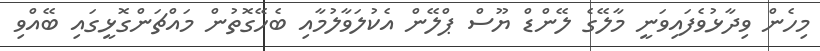
މިހެން ވިދާޅުވެފައިވަނީ މާލޭގެ ލޭންޑް ޔޫސް ޕްލޭން އެކުލަވާލުމާއި ބެހޭގޮތުން މައްޗަންގޮޅީގައި ބޭއްވި